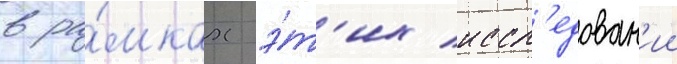
в ра́мках э́т'их иссл'едован'ии